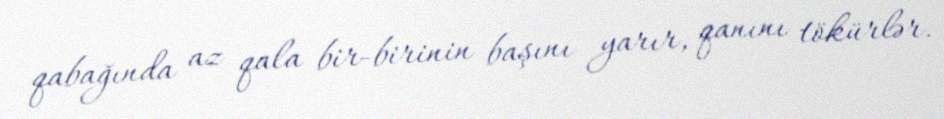
qabağında az qala bir-birinin başını yarır, qanını tökürlər.